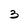
Character: 3